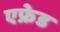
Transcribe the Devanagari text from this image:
एफ्रेड